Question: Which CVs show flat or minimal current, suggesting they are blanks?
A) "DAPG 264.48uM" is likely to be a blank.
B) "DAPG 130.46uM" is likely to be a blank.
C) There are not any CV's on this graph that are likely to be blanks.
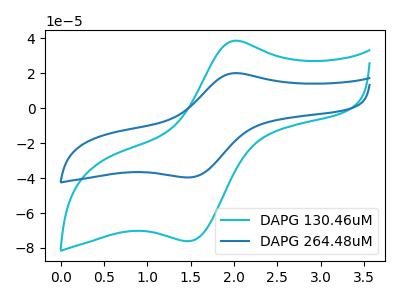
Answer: <think>The cyan curve "DAPG 130.46uM" has an anodic peak at (2.05V, 38.70uA) and a cathodic peak at (1.50V, -76.10uA). The blue curve "DAPG 264.48uM" has an anodic peak at (2.05V, 20.15uA) and a cathodic peak at (1.50V, -39.60uA).</think>
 <answer>C) There are not any CV's on this graph that are likely to be blanks.</answer>
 <eval>C</eval>